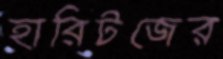
হারিটজের